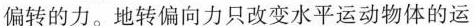
偏转的力。地转偏向力只改变水平运动物体的运